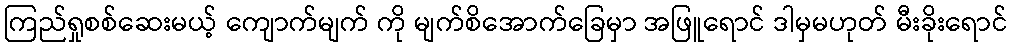
ကြည်ရှုစစ်ဆေးမယ့် ကျောက်မျက် ကို မျက်စိအောက်ခြေမှာ အဖြူရောင် ဒါမှမဟုတ် မီးခိုးရောင်